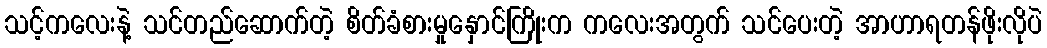
သင့်ကလေးနဲ့ သင်တည်ဆောက်တဲ့ စိတ်ခံစားမှုနှောင်ကြိုးက ကလေးအတွက် သင်ပေးတဲ့ အာဟာရတန်ဖိုးလိုပဲ